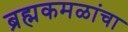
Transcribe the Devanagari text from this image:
ब्रह्मकमळांचा